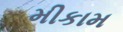
મીકામ